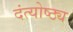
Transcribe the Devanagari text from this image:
दंत्योष्ठ्य